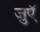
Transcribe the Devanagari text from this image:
जुएॅ